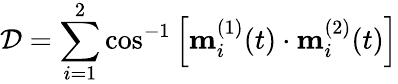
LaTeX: \mathcal{D}=\sum_{i=1}^{2}\cos^{-1}\left[\mathbf{m}_{i}^{(1)}(t)\cdot\mathbf{m}_{i}^{(2)}(t)\right]